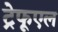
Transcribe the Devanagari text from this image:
ट्रेफूएल